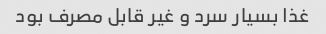
غذا بسیار سرد و غیر قابل مصرف بود